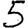
Digit: 5